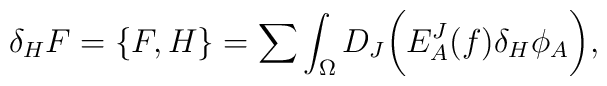
\delta_H F=\{ F,H \} =\sum\int_{\Omega}D_J\biggl( E^J_A(f)\delta_H\phi_A\biggr) ,